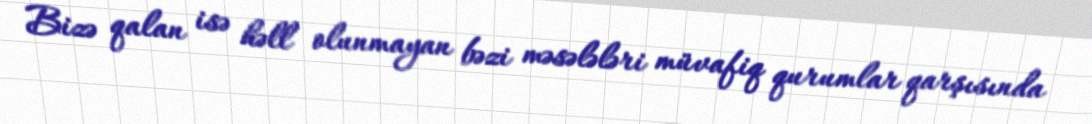
Bizə qalan isə həll olunmayan bəzi məsələləri müvafiq qurumlar qarşısında